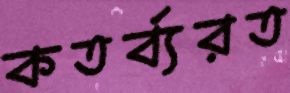
কতর্ব্যরত